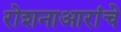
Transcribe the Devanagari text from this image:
रोशनाआरांचे